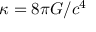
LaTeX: \kappa = 8 \pi G / c ^ { 4 }